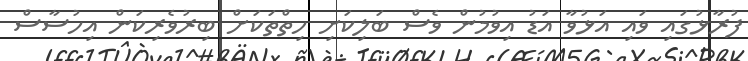
ފުރާޅުގައި ވައި އަޅުވާ އަޑު އިވުމުން ވެސް ބަލިކަށި ހިތްތަކަށް ބިރުވެރިކަން އިހުސާސް